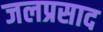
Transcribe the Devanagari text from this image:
जलप्रसाद